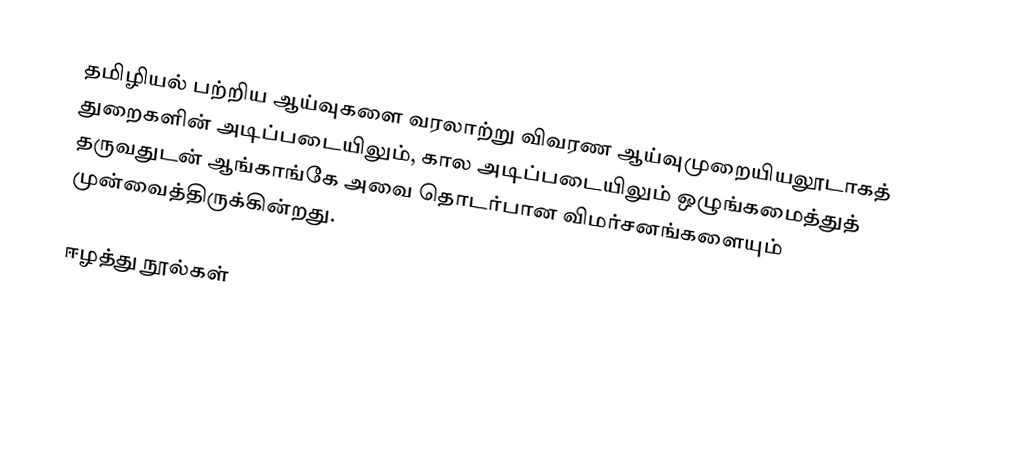
தமிழியல் பற்றிய ஆய்வுகளை வரலாற்று விவரண ஆய்வுமுறையியலூடாகத் துறைகளின் அடிப்படையிலும், கால அடிப்படையிலும் ஒழுங்கமைத்துத் தருவதுடன் ஆங்காங்கே அவை தொடர்பான விமர்சனங்களையும் முன்வைத்திருக்கின்றது.

ஈழத்து நூல்கள்